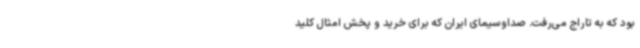
بود که به تاراج می‌رفت. صداوسیمای ایران که برای خرید و پخش امثال کلید